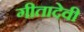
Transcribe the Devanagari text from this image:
गीतादेवी